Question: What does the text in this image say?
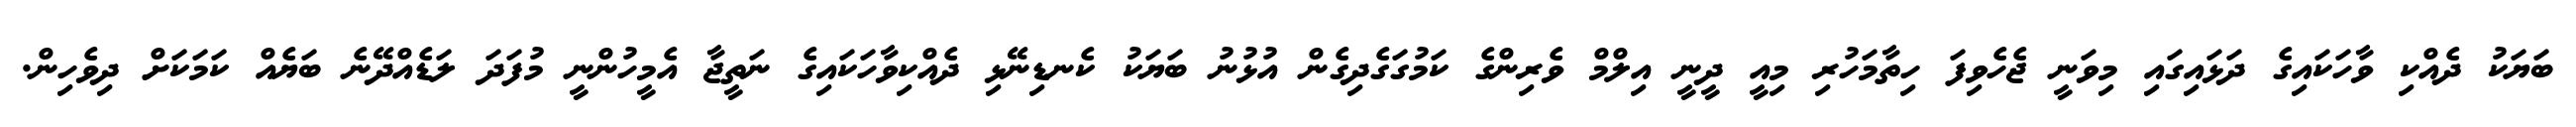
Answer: ބަޔަކު ދެއްކި ވާހަކައިގެ ދަޅައިގައި މިވަނީ ޖެހެވިފަ ހިތާމަހުރި މިއީ ދީނީ އިލްމް ވެރިންގެ ކަމުގަގެދިގެން އުޅުނު ބަޔަކު ކެނޑިނޭޅި ދެއްކިވާހަކައިގެ ނަތީޖާ އެމީހުންނީ މުފަދަ ލަޑެއްދޭނެ ބަޔެއް ކަމަކަށް ދިވެހިން.